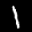
Label: 1